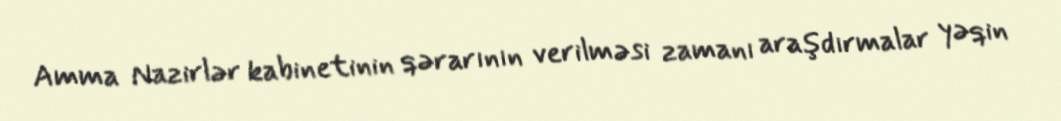
Amma Nazirlər kabinetinin qərarının verilməsi zamanı araşdırmalar yəqin